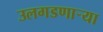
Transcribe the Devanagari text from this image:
उलगडणार्‍या